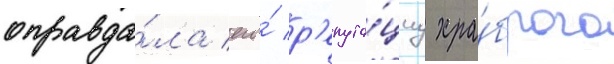
оправда́ла его́ р'епута́циу хра́брого